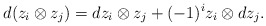
\begin{align*}d(z_i \otimes z_j)=dz_i \otimes z_j +(-1)^{i} z_i \otimes dz_j.\end{align*}